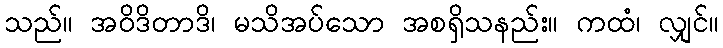
သည်။ အဝိဒိတာဒိ၊ မသိအပ်သော အစရှိသနည်း။ ကထံ၊ လျှင်။